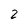
Character: 2